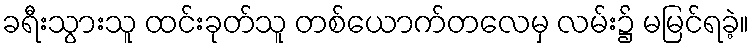
ခရီးသွားသူ ထင်းခုတ်သူ တစ်ယောက်တလေမှ လမ်း၌ မမြင်ရခဲ့။